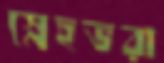
স্নেহভরা